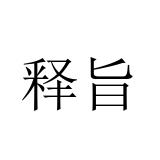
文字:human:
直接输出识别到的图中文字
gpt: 释旨